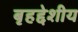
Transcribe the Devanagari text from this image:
बृहद्देशीय